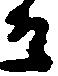
そ